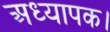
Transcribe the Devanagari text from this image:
अध्यापक।